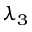
\lambda _ { 3 }